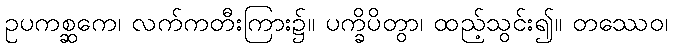
ဥပကစ္ဆကေ၊ လက်ကတီးကြား၌။ ပက္ခိပိတွာ၊ ထည့်သွင်း၍။ တဿေဝ၊